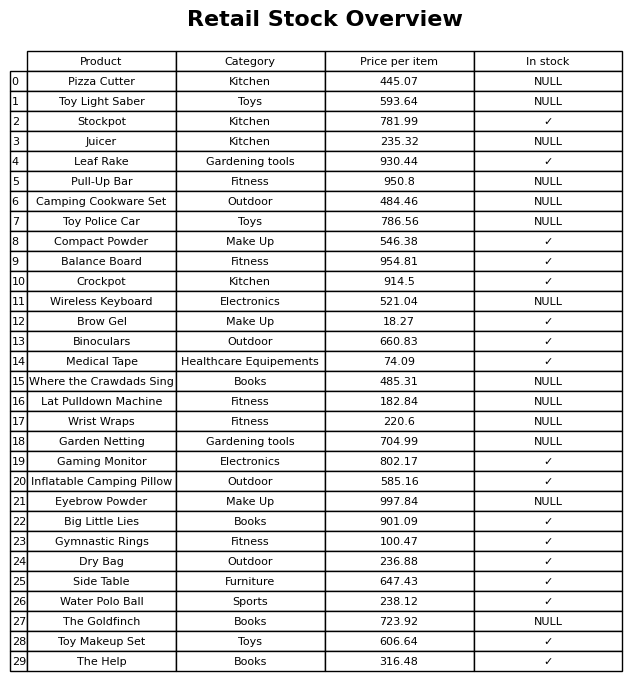
question: What is the price of the Camping Cookware Set?
answer: The price of Camping Cookware Set is 484.46.